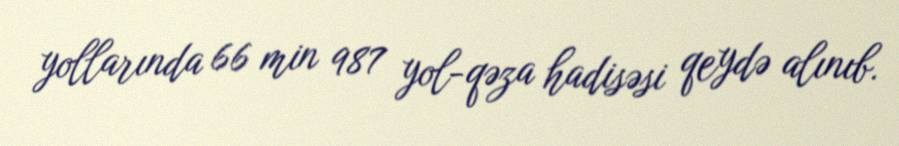
yollarında 66 min 987 yol-qəza hadisəsi qeydə alınıb.